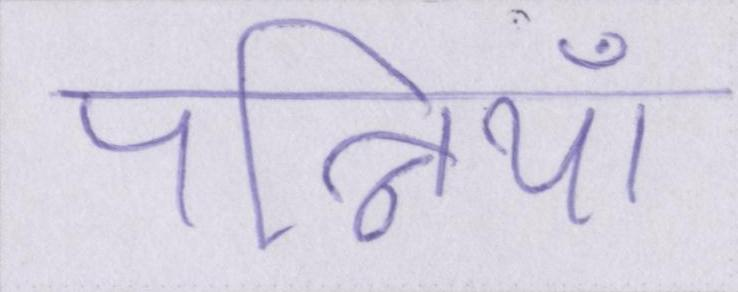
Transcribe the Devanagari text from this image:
पत्नियाँ